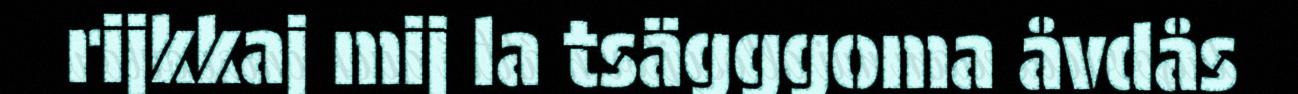
rijkkaj mij la tsägggoma åvdås